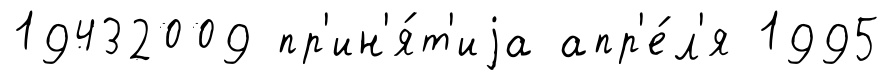
19432009 пр'ин'я́т'иjа апр'е́л'я 1995